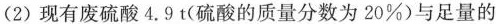
(2)现有废硫酸4.9t(硫酸的质量分数为20\%)与足量的